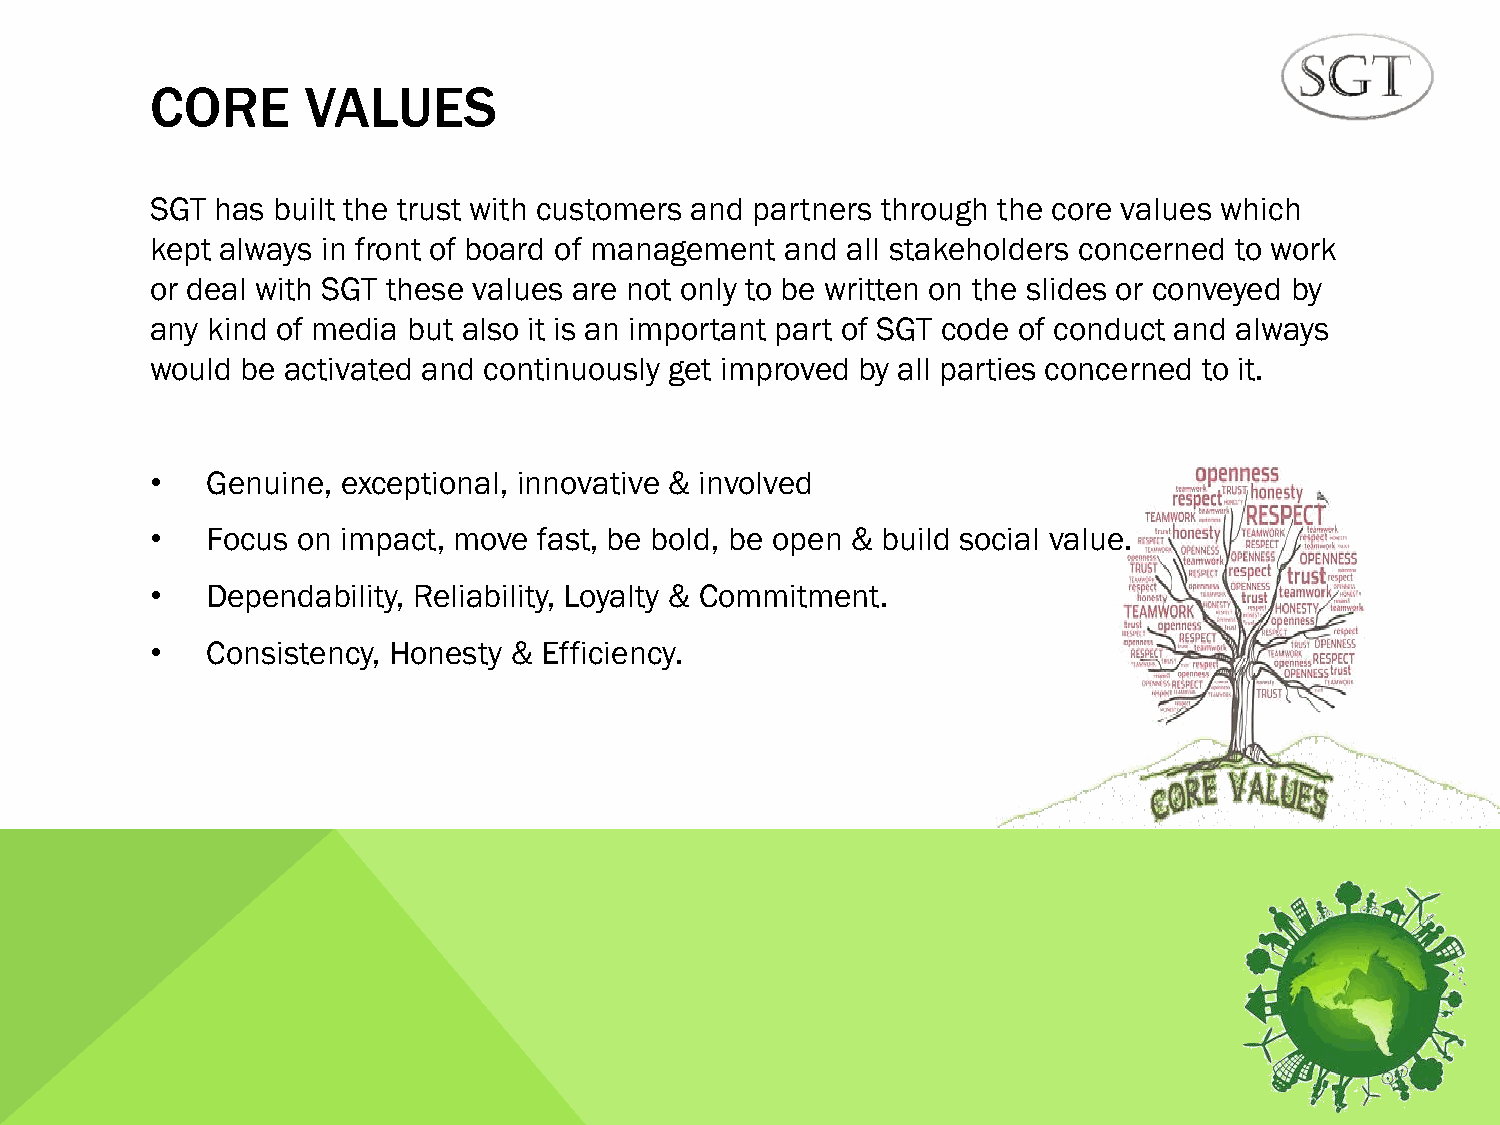
CORE      VALUES
 SGT has built the trust with customers and partners through the core values which
 kept always in front of board of management and all stakeholders concerned to work
 or deal with SGT these values are not only to be written on the slides or conveyed by
 any kind of media but also it is an important part of SGT code of conduct and always
 would be activated and continuously get improved by all parties concerned to it.
 •   Genuine, exceptional, innovative & involved
 •   Focus on impact, move fast, be bold, be open & build social value.
 •   Dependability, Reliability, Loyalty & Commitment.
 •   Consistency, Honesty & Efficiency.